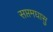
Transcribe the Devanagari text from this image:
सप्तमघासु